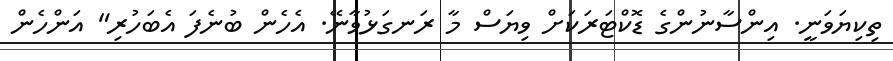
ތިކިޔަވަނީ. އިންސާނުންގެ ޑޮކްޓަރަކަށް ވިޔަސް މާ ރަނގަޅުވާނޭ. އެހެން ބުނެފަ އެބަހުރި" އަންހެން